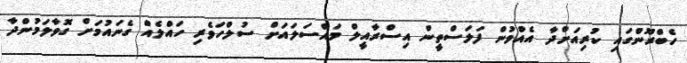
ހެބްރޫންގައި ކުރިއަށްދާ އެއްވުން ފަަލަސްތީން އިސްރާއީލް މައްސަލައަށް ސުލްހަވެރި ހައްލެއް ގެނައުމަށް ގޮވާލަމުންދާ